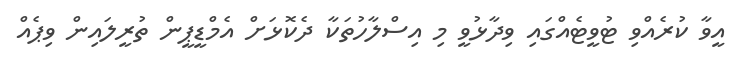
އީވާ ކުރެއްވި ޓުވީޓެއްގައި ވިދާޅުވީ މި އިސްލާހުތަކާ ދެކޮޅަށް އެމްޑީޕީން ތުރީލައިން ވިޕެއް